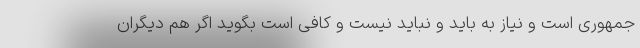
جمهوری است و نیاز به باید و نباید نیست و کافی است بگوید اگر هم دیگران